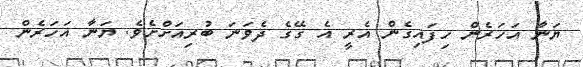
ޔަނާ އަހަރެން ހިފައިގެން އެރީ އެ ގޭގެ ދެވަނަ ބުރިއަށްށެވެ. ޔަނާ އަހަރެން